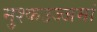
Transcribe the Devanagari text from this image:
मुश्कउज्जमां